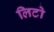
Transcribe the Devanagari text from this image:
लिटो